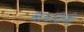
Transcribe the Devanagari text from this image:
सावलीची